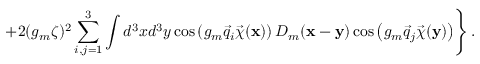
\left. + 2 ( g _ { m } \zeta ) ^ { 2 } \sum _ { i , j = 1 } ^ { 3 } \int d ^ { 3 } x d ^ { 3 } y \cos \left( g _ { m } \vec { q } _ { i } \vec { \chi } ( { \bf x } ) \right) D _ { m } ( { \bf x } - { \bf y } ) \cos \left( g _ { m } \vec { q } _ { j } \vec { \chi } ( { \bf y } ) \right) \right\} .